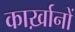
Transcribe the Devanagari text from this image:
कार्ख़ानों